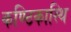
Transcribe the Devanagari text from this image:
कण्ठिकास्थि